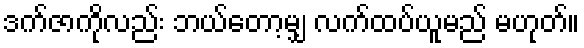
ဒက်ဇာကိုလည်း ဘယ်တော့မျှ လက်ထပ်ယူမည် မဟုတ်။